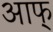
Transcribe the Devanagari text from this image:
आफ्‌